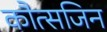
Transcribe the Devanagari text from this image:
कौत्सजिन